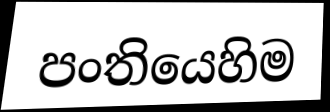
පංතියෙහිම